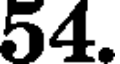
54.